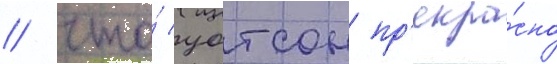
/ что́ уотсон пр'екра́сно